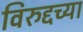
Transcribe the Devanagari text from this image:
विरुद्दच्या